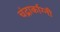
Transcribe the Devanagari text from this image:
चंद्रार्काग्नी